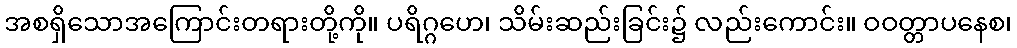
အစရှိသောအကြောင်းတရားတို့ကို။ ပရိဂ္ဂဟေ၊ သိမ်းဆည်းခြင်း၌ လည်းကောင်း။ ဝဝတ္တာပနေစ၊